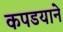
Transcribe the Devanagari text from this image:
कपडयाने